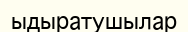
ыдыратушылар